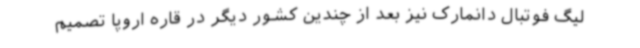
لیگ فوتبال دانمارک نیز بعد از چندین کشور دیگر در قاره اروپا تصمیم